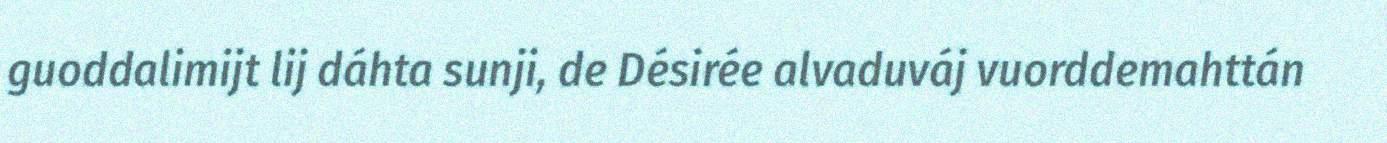
guoddalimijt lij dáhta sunji, de Désirée alvaduváj vuorddemahttán